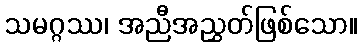
သမဂ္ဂဿ၊ အညီအညွှတ်ဖြစ်သော။